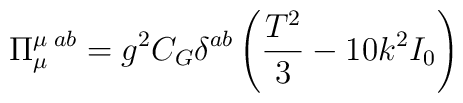
\Pi^{\mu\;ab}_\mu = g^2 C_G \delta^{ab}\left(\frac{T^2}{3} - 10 k^2 I_0\right)